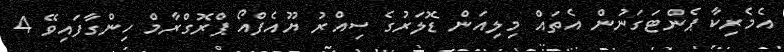
އެމެރިކާ ޕެންޓަގަނުން އެތައް މިލިއަން ޑޮލަރުގެ ސިއްރު ޔޫއެފްއޯ ޕްރޮގްރާމް ހިންގާފައިވޭ 4